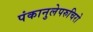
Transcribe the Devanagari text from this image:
पंकानुलेपरुचिरो